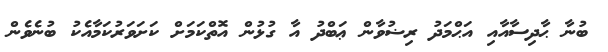
ބުނާ ޙާދިސާއާއި އަޙްމަދު ރިޟުވާން ޢަބްދު އާ ގުޅުން އޮތްކަމަށް ކަށަވަރުކަމާއެކު ބުނެވެން